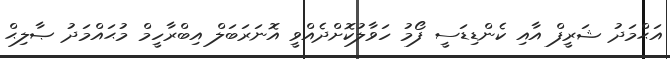
އަޙްމަދު ޝަރީފް އާއި ކެންޑިޑަސީ ފޯމު ހަވާލުކޮށްދެއްވީ އޮނަރަބަލް އިބްރާހީމް މުޙައްމަދު ޞާލިޙް